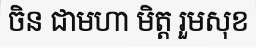
ចិន ជាមហា មិត្ត រួមសុខ